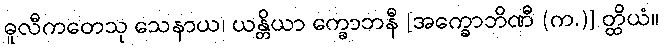
ဓူလီကတေသု သေနာယ၊ ယန္တိယာ က္ခောဘနီ [အက္ခောဘိဏီ (က.)] တ္ထိယံ။